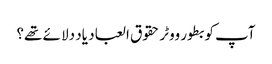
آپ کو بطور ووٹر حقوق العباد یاد دلا ئے تھے؟